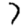
Digit: 7